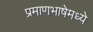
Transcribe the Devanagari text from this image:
प्रमाणभाषेमध्ये